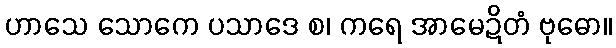
ဟာသေ သောကေ ပသာဒေ စ၊ ကရေ အာမေဍိတံ ဗုဓော။